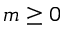
m \ge 0